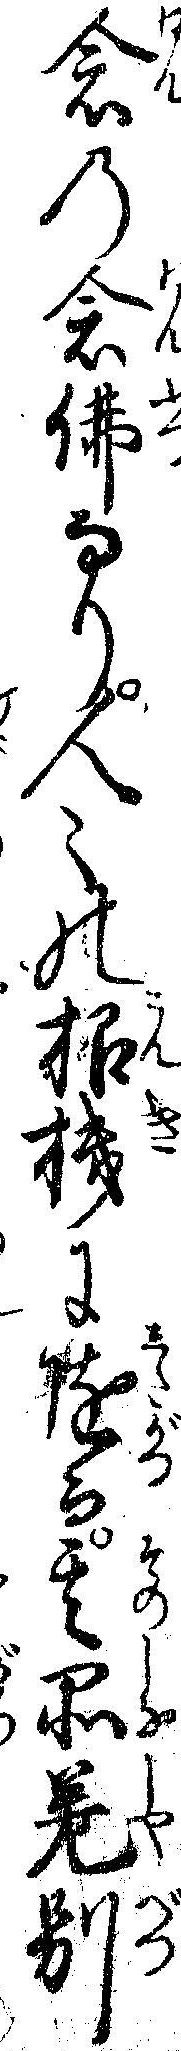
念の念仏なり人々の根機に随て其品差別